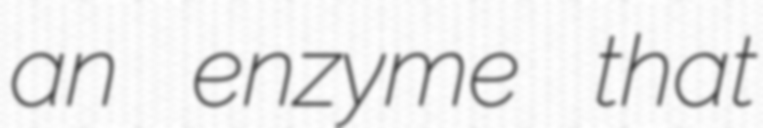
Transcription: an enzyme that